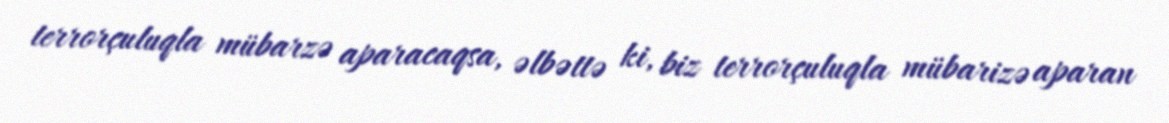
terrorçuluqla mübarzə aparacaqsa, əlbəttə ki, biz terrorçuluqla mübarizə aparan